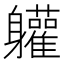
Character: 𮜾